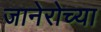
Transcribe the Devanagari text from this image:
जानेरोच्या